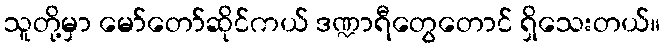
သူတို့မှာ မော်တော်ဆိုင်ကယ် ဒဏ္ဍာရီတွေတောင် ရှိသေးတယ်။